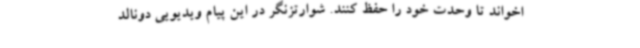
اخواند تا وحدت خود را حفظ کنند. شوارتزنگر در این پیام ویدیویی دونالد